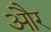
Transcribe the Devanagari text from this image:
और